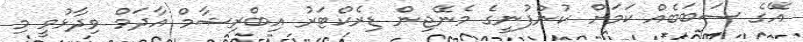
އޭގެ ސަބަބެއް ކަމަށް ކުންފުނީގެ މެނޭޖިން ޑިރެކްޓަރު އިބްރިޝާމް އާދަމް ވިދާޅުވީ މި